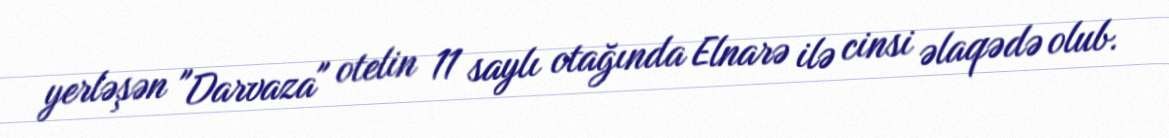
yerləşən "Darvaza" otelin 11 saylı otağında Elnarə ilə cinsi əlaqədə olub.